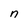
Character: n